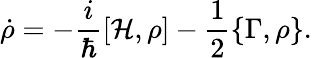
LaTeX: \dot{\rho}=-\frac{i}{\hbar}\left[\mathcal{H},\rho\right]-\frac{1}{2}\{ \Gamma,\rho\} .